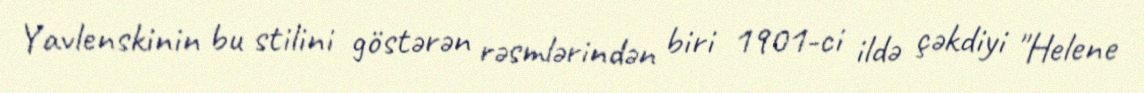
Yavlenskinin bu stilini göstərən rəsmlərindən biri 1901-ci ildə çəkdiyi "Helene